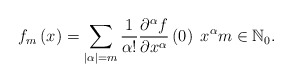
\begin{align*} f_{m}\left( x\right) =\sum_{\left\vert \alpha \right\vert =m}\frac{1}{\alpha!}\frac{\partial ^{\alpha }f}{\partial x^{\alpha }}\left( 0\right)\;x^{\alpha }m\in \mathbb{N}_{0}.\end{align*}